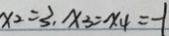
x _ { 2 } = 3 , x _ { 3 } = x _ { 4 } = - 1